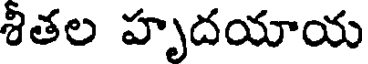
శీతల హృదయాయ